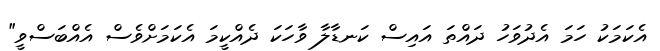
އެކަމަކު ހަމަ އެދުވަހު ދައްތަ އައިސް ކަނޑާލާ ވާހަކަ ދެއްކީމަ އެކަމަށްވެސް އެއްބަސްވީ"